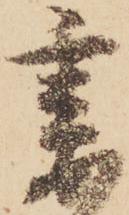
妻